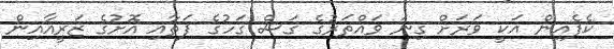
ކެފެއިން އަކީ ވަރަށް ގިނަ ވައްތަރުގެ ގަސް ގަހުގެ ފަތާއި އޮށުގެ ޒަރީއާއިން